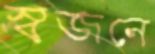
স্বজনে